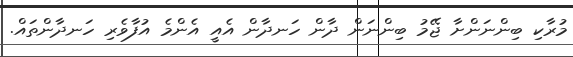
މުރާކި ބިންނަންށާ ޖޭމު ބިންނަން ދާން ހަނދާން އެއީ އެންމެ އުފާވެރި ހަނދާންތައް.